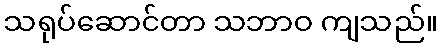
သရုပ်ဆောင်တာ သဘာဝ ကျသည်။